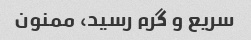
سریع و گرم رسید، ممنون